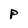
Character: P